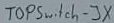
Text: TOPSWITCH-JX